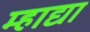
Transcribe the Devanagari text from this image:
म्हाद्या